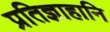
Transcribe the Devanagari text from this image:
प्रतिज्ञाहानि